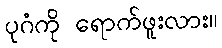
ပုဂံကို ရောက်ဖူးလား။